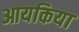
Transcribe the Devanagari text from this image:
आयकिया